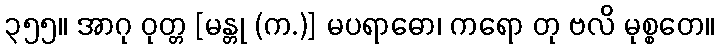
၃၅၅။ အာဂု ဝုတ္တ [မန္တု (က.)] မပရာဓော၊ ကရော တု ဗလိ မုစ္စတေ။